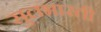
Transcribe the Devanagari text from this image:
सुलभारती